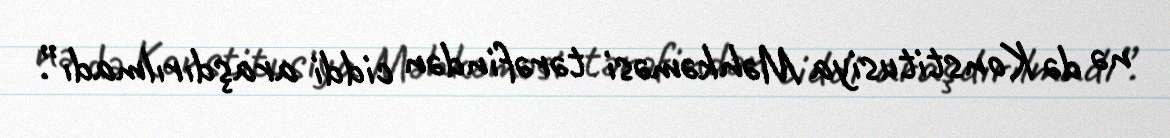
nə də Konstitusiya Məhkəməsi tərəfindən ciddi araşdırılmadı”.